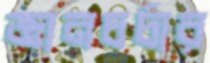
জ্ঞানচর্চার